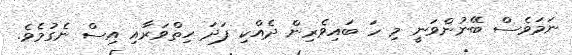
ނަމަވެސް ބޭނުންވަނީ މި ހަ ބައިވެރިން ދެއްކި ފަދަ ހިތްވަރާއި އިސް ނެގުމެވެ.